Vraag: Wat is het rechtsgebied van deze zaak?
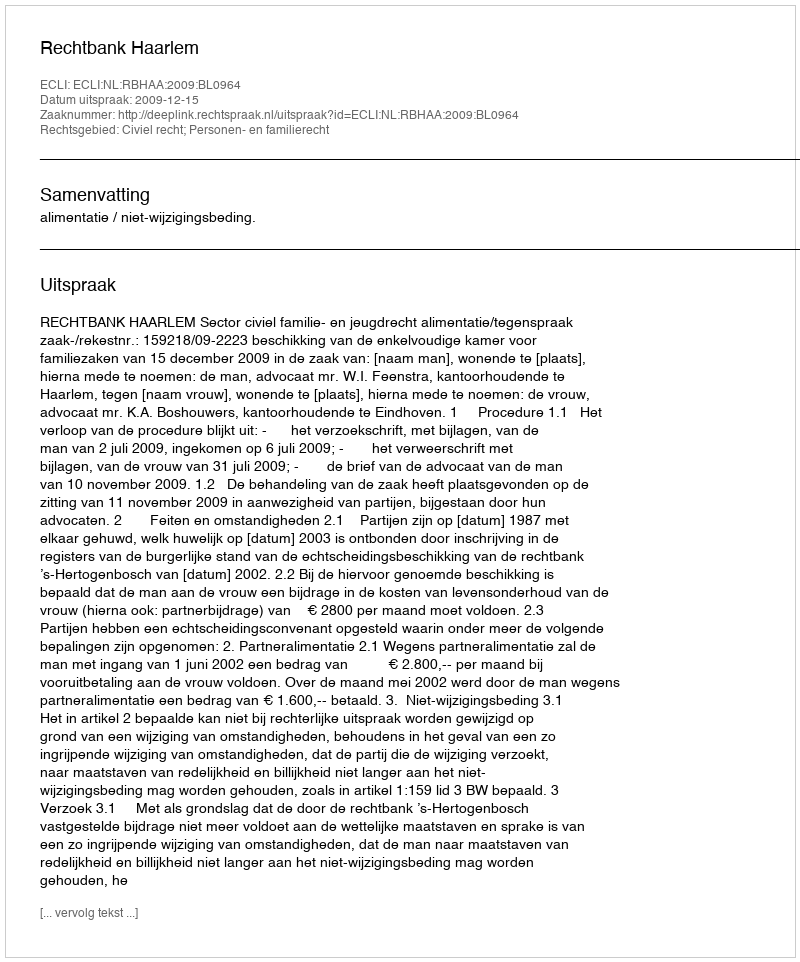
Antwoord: Civiel recht; Personen- en familierecht